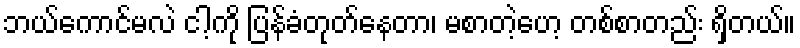
ဘယ်ကောင်မလဲ ငါ့ကို ပြန်ခံတုတ်နေတာ၊ မစာတဲ့ဟေ့ တစ်စာတည်း ရှိတယ်။